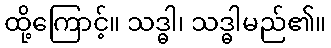
ထို့ကြောင့်။ သဒ္ဓါ၊ သဒ္ဓါမည်၏။